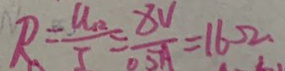
R = \frac { U _ { R } } { I } = \frac { 8 V } { 0 . 5 A } = 1 6 \Omega